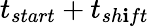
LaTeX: t_{start}+t_{sh\mathbf{i}ft}